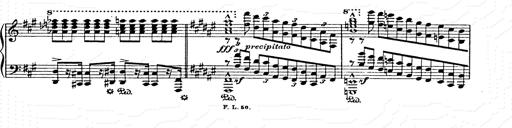
Title: AnnÃ©es de pÃ¨lerinage II
Composer: Franz Liszt